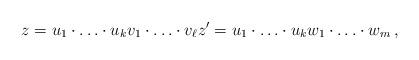
LaTeX: \begin{align*}z = u_1 \cdot \ldots \cdot u_k v_1 \cdot \ldots \cdot v_{\ell} z' = u_1 \cdot \ldots \cdot u_k w_1 \cdot \ldots \cdot w_{m} \,,\end{align*}